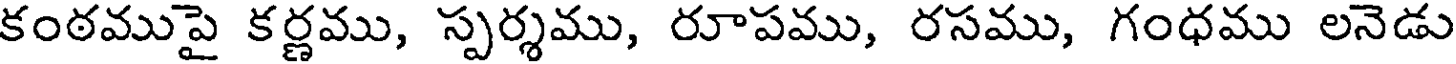
కంఠముపై కర్ణము, స్పర్శము, రూపము, రసము, గంధము లనెడు